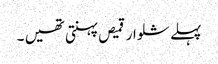
پہلے شلوار قمیص پہنتی تھیں ۔